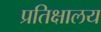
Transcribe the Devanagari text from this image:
प्रतिक्षालय